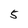
Character: 5